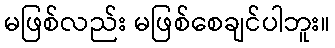
မဖြစ်လည်း မဖြစ်စေချင်ပါဘူး။